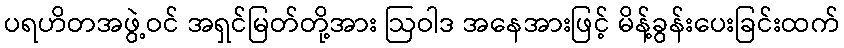
ပရဟိတအဖွဲ့ဝင် အရှင်မြတ်တို့အား ဩဝါဒ အနေအားဖြင့် မိန့်ခွန်းပေးခြင်းထက်